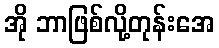
အို ဘာဖြစ်လို့တုန်းအေ